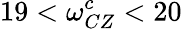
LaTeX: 19<\omega_{CZ}^{c}<20